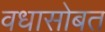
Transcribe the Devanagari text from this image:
वधासोबत